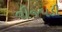
વીજપડી